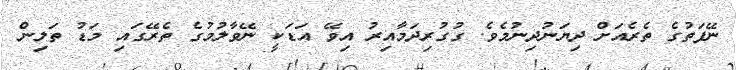
ނޭފަތުގެ ތެރެއަށް ދިޔަނުދިނުމެވެ. ގުގުރިދަމާއިރު އިވޭ އަޑަކީ ނޭވާލުމުގެ ތެރޭގައި މަޑު ތަލިން